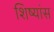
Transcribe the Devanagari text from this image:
शिष्यांस